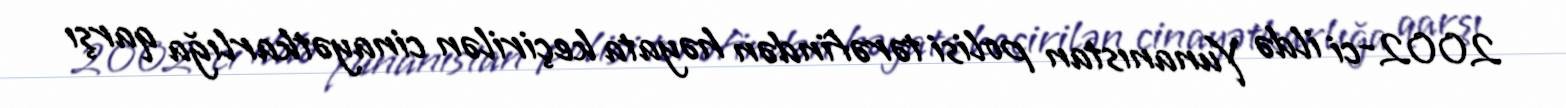
2002-ci ildə Yunanıstan polisi tərəfindən həyata keçirilən cinayətkarlığa qarşı